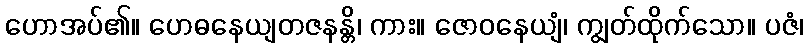
ဟောအပ်၏။ ဟေဓနေယျတဇနန္တိ၊ ကား။ ဇောဝနေယျံ၊ ကျွတ်ထိုက်သော။ ပဇံ၊